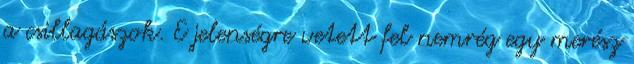
a csillagászok. E jelenségre vetett fel nemrég egy merész